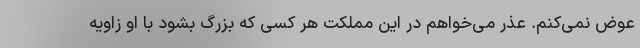
عوض نمی‌کنم. عذر می‌خواهم در این مملکت هر کسی که بزرگ بشود با او زاویه